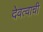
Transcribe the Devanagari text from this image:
देवत्वाची